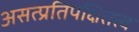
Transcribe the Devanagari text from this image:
असत्प्रतिपक्षितत्व